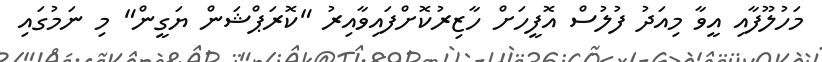
މަހުލޫފާއި އީވާ މިއަދު ފުލުސް އޮފީހަށް ހާޒިރުކޮށްފައިވާއިރު "ކޮރަޕްޝަން ޔަގީން" މި ނަމުގައި